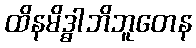
ထိနမိဒ္ဓါဘိဘူတေန